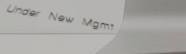
Under New Mgmt